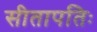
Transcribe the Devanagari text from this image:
सीतापतिः